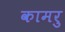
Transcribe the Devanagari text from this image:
कामरु